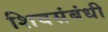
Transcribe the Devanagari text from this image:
शिवसंबंधी